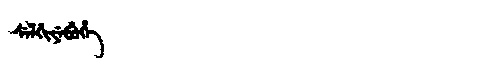
Manchu: ᠰᡝᠯᡤᡳᠶᡝᠪᡠᡥᡝ
Romanization: SELGIYEBUHE